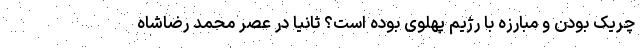
چریک بودن و مبارزه با رژیم پهلوی بوده است‌؟ ثانیا در عصر محمد رضاشاه